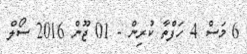
6 މަސް 4 ހަފްތާ ކުރިން - 01 ޖޫން 2016 ސޯލް